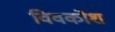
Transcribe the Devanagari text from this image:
विवकोश